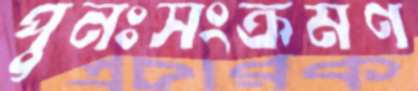
পুনঃসংক্রমণ